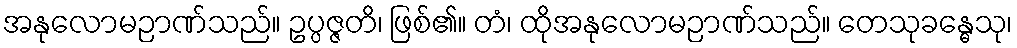
အနုလောမဉာဏ်သည်။ ဥပ္ပဇ္ဇတိ၊ ဖြစ်၏။ တံ၊ ထိုအနုလောမဉာဏ်သည်။ တေသုခန္ဓေသု၊